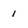
Character: 1